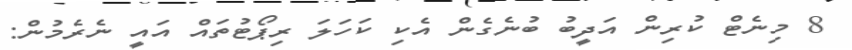
8 މިނެޓް ކުރިން އަދީބު ބުނެގެން އެކި ކަހަލަ ރިޕޯޓުތައް އައީ ނެރެމުން: